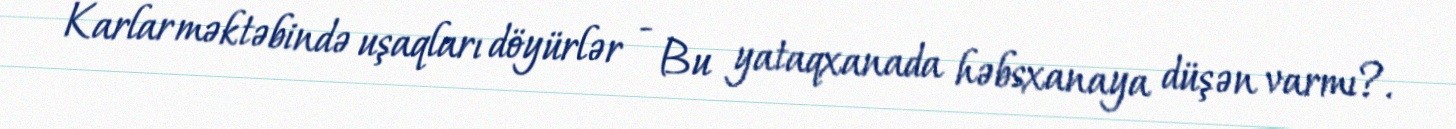
Karlar məktəbində uşaqları döyürlər - Bu yataqxanada həbsxanaya düşən varmı?.